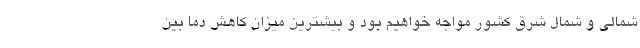
شمالی و شمال شرق کشور مواجه خواهیم بود و بیشترین میزان کاهش دما بین